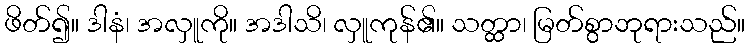
ဖိတ်၍။ ဒါနံ၊ အလှူကို။ အဒါသိ၊ လှူကုန်၏။ သတ္ထာ၊ မြတ်စွာဘုရားသည်။